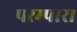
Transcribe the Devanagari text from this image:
परम्पारा